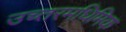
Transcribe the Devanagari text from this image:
उच्तरमधिमिक